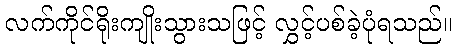
လက်ကိုင်ရိုးကျိုးသွားသဖြင့် လွှင့်ပစ်ခဲ့ပုံရသည်။